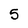
Character: 5